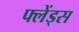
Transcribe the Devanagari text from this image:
फ्लेंड्स